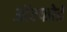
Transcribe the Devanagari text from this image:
ऑरफोर्ड